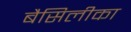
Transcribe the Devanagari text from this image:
बैसिलीका